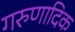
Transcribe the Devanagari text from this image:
गरुणादिक